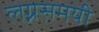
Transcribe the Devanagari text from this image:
लग्नसमयी